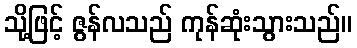
သို့ဖြင့် ဇွန်လသည် ကုန်ဆုံးသွားသည်။